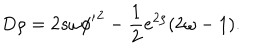
D \rho = 2 s \omega { \phi ^ { \prime } } ^ { 2 } - \frac 1 2 e ^ { 2 \rho } ( 2 \omega - 1 ) .